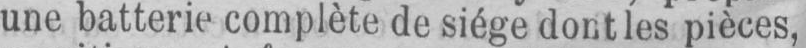
une batterie complète de siège dont les pièces,